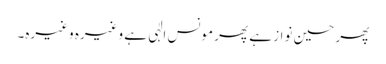
پھر حسین نواز ہے پھر مونس الٰہی ہے وغیرہ وغیرہ۔